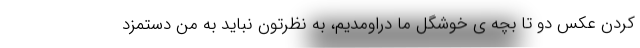
کردن عکس دو تا بچه ی خوشگل ما دراومدیم، به نظرتون نباید به من دستمزد